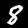
Label: 8